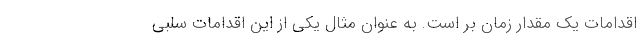
اقدامات یک مقدار زمان بر است. به عنوان مثال یکی از این اقدامات سلبی